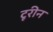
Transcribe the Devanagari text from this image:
टूरीन